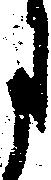
月